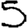
Digit: 5